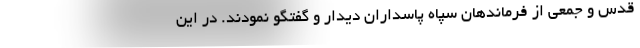
قدس و جمعی از فرماندهان سپاه پاسداران دیدار و گفتگو نمودند. در این